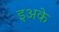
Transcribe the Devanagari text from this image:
इअके